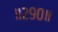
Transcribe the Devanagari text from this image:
॥२९०॥